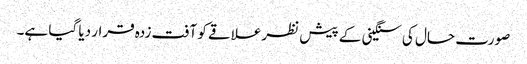
صورت حال کی سنگینی کے پیش نظرعلاقے کو آفت زدہ قرار دیا گیا ہے۔